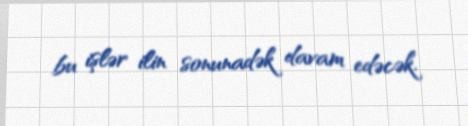
bu işlər ilin sonunadək davam edəcək.